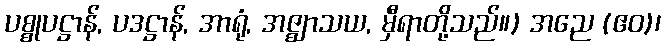
ပစ္စုပဋ္ဌာန်, ပဒဋ္ဌာန်, အာရုံ, အဇ္ဈာသယ, မှီရာတို့သည်။) အညေ (ဧဝ)၊